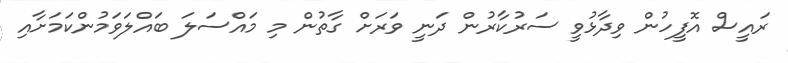
ރައީސް އޮފީހުން ވިދާޅުވީ ސަރުކާރުން ދަނީ ވަރަށް ގާތުން މި މައްސަލަ ބައްލަވަމުންކަމަށާއި